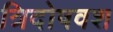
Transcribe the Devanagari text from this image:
त्रिदोषवश